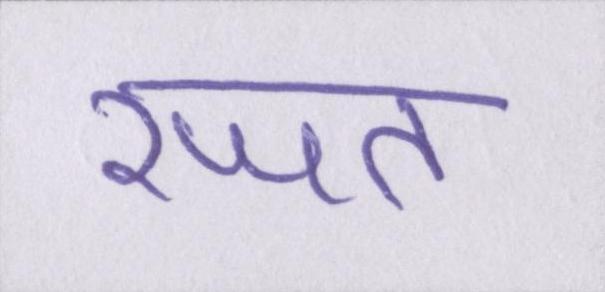
रजत